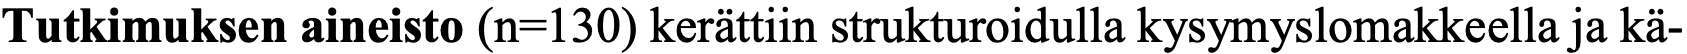
Tutkimuksen aineisto (n=130) kerättiin strukturoidulla kysymyslomakkeella ja kä-